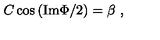
C \cos { ( \mathrm { I m } \Phi / 2 ) } = \beta \ ,